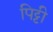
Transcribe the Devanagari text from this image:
पिट्टी